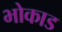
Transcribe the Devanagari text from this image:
भोकाड